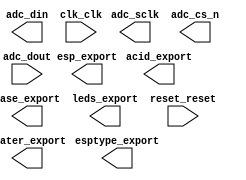

module nios_system (
	acid_export,
	adc_sclk,
	adc_cs_n,
	adc_dout,
	adc_din,
	base_export,
	clk_clk,
	esp_export,
	esptype_export,
	heater_export,
	leds_export,
	reset_reset);	

	output		acid_export;
	output		adc_sclk;
	output		adc_cs_n;
	input		adc_dout;
	output		adc_din;
	output		base_export;
	input		clk_clk;
	output	[7:0]	esp_export;
	output	[1:0]	esptype_export;
	output		heater_export;
	output	[7:0]	leds_export;
	input		reset_reset;
endmodule